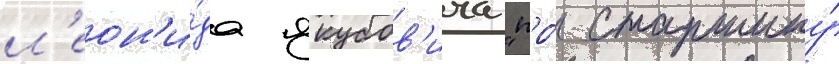
л'еон'и́да якубов'ича "про́ старшину́